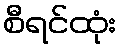
စီရင်ထုံး